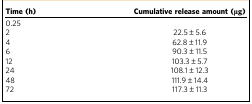
<table><thead><tr><td><b>Time (h)</b></td><td><b>Cumulative release amount (μg)</b></td></tr></thead><tbody><tr><td>0.25</td><td>[EMPTY_CELL]</td></tr><tr><td>2</td><td>22.5±5.6</td></tr><tr><td>4</td><td>62.8±11.9</td></tr><tr><td>6</td><td>90.3±11.5</td></tr><tr><td>12</td><td>103.3±5.7</td></tr><tr><td>24</td><td>108.1±12.3</td></tr><tr><td>48</td><td>111.9±14.4</td></tr><tr><td>72</td><td>117.3±11.3</td></tr></tbody></table>